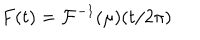
LaTeX: F ( t ) = \mathcal { F } ^ { - 1 } ( \mu ) ( t / 2 \pi )